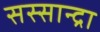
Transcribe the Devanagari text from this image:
सस्सान्द्रा